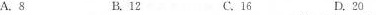
A.8 B.12 C.16 D.20